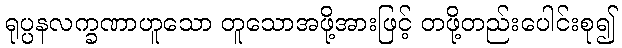
ရုပ္ပနလက္ခဏာဟူသော တူသောအဖို့အားဖြင့် တဖို့တည်းပေါင်းစု၍